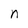
Character: n